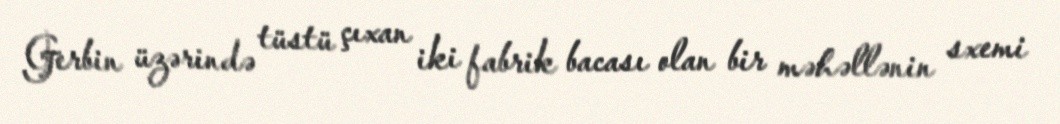
Gerbin üzərində tüstü çıxan iki fabrik bacası olan bir məhəllənin sxemi